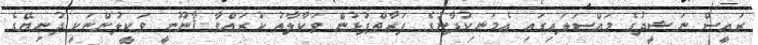
ރައީސް ނަޝީދުގެ މައްސަލައިގައި އެމަނިކުފާނުގެ ފަރާތްޕުޅުން ވަކާލާތު ކުރައްވާ ޤާނޫނީ ވަކީލުންނަކީ ދުނިޔޭގެ